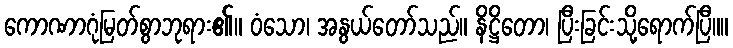
ကောဏာဂုံမြတ်စွာဘုရား၏။ ဝံသော၊ အနွယ်တော်သည်။ နိဋ္ဌိတော၊ ပြီးခြင်းသို့ရောက်ပြီ။။